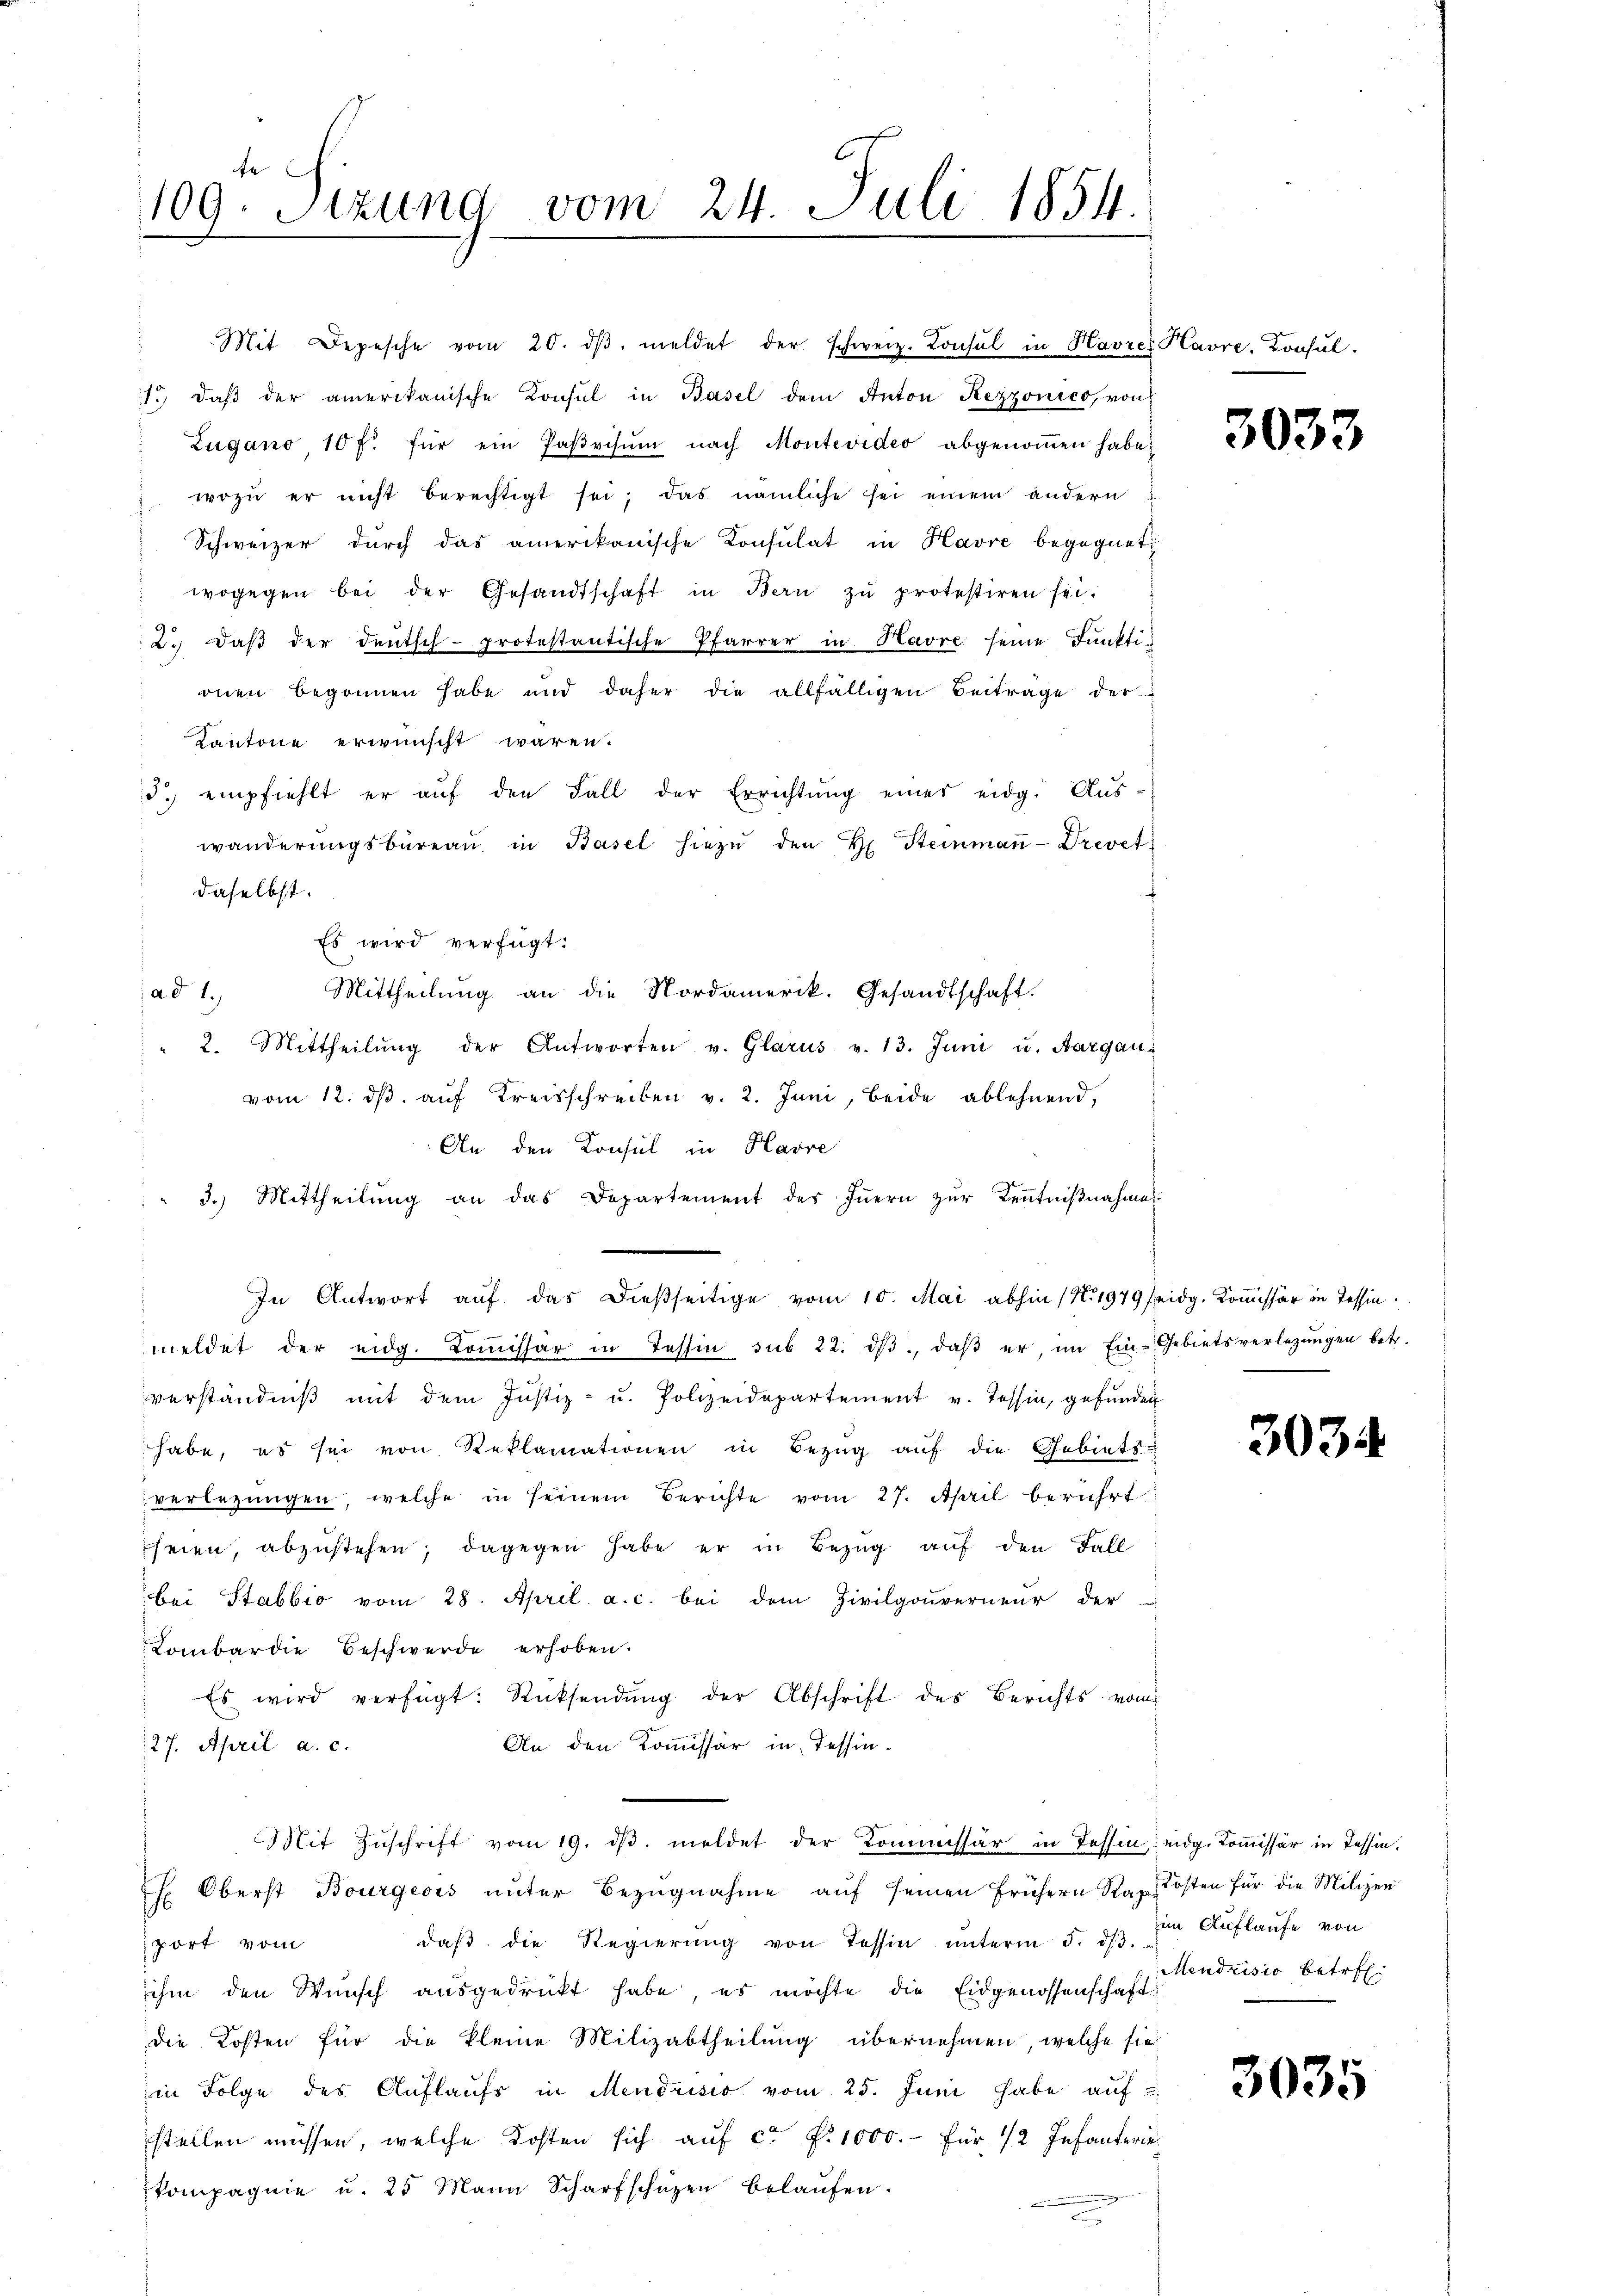
109. Sitzung vom 24. Juli 1854.
e

Mit Depesche vom 20. dβ meldet der schweiz. Consul in Havres Havre, Konsul
1. daβ der amerikanische Konsul in Basel dem Anton Rezzonico, von
Zugano 10 f. für ein Paβvisum nach Montevideo abgenommen habe,
 wozu er nicht berechtigt sei, das nämliche sei einem andern
Schweizer durch das amerikanische Konsulat in Havre begegnet,
wogegen bei der Gesandtschaft in Bern zŭ protestiren sei.
2.) Daß der deutsch-protestantische Pfarrer in Havre seine Funktionen begonnen habe und daher die allfälligen Beitrage der
Kantone erwünscht waren.
d. empfiehlt er aŭf den Fall der Errichtŭng einer eidg. Aŭs-
wanderŭngsbüreaŭ in Basel hiezŭ den H. Steinmaṅ-Drevet
f
daselbst.
Es wird verfügt:
Mittheilung an die Nordamerik. Gesandtschaft.
ad 1.,
2. Mittheilŭng der Antworten v. Glarus v. 13. Juni u. Aargau,
vom 12. ds auf Kreisschreiben v. 2. Juni, beide ablehnend,
An den Konsul in Havre
" 3.) Mittheilŭng an das Departement des Iṅern zŭr Keṅtniβnahme
In Antwort auf das dießseitige vom 10. Mai abhin (N. 1979 seidg. Kommissär in Tessin.
¬
meldet der eidg. Koṁissär in Tessin sub 22. dβ, daβ er, im Ein- Gebietsverlegŭngen betr.
verständniß mit dem Justiz- u. Polizeidepartement v. Tessin, gefunden
habe, es sei von Reklamationen in Bezug auf die Gebiets-
verlegŭngen, welche in seinem Berichte vom 27. April berührt
seien, abzustehen; dagegen habe er in Bezug auf den Fall
bei Stabbio vom 28. April a. c. bei dem Zivilgouverneur der
Lombardie Beschwerde erhoben.
Es wird verfügt: Rücksendŭng der Abschrift des Berichts vom
An den Kommissär in Tessin¬
127. April a. c.
Mit Zŭschrift vom 19. dβ. meldet der Kommissär in Tessin, eidg. Kommissär in Tessin.
H. Oberst Bourgeois unter Bezugnahme auf seinen frühern Rat Kosten für die Milizei
daβ die Regierŭng von Tessin ŭnterm 5. dβ.
port vom
ihm den Wunsch ausgedruckt habe, es möchte die Eidgenossenschaft
die Kosten für die kleine Milizabtheilung übernehmen, welche sie
in Folge des Auflaufs in Mendrisio vom 25. Juni habe auf
stellen müssen, welche Kosten sich auf ca Fr. 1000.- für 1/2 Infanterie
kompagnie u. 25 Mann Scharfschüzen belaufen.
i
e

3033

3034.

im Auflaufe von
Mendrisio betreff

3035